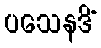
ပသေနဒိံ